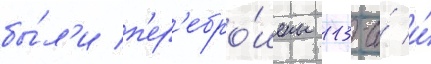
бы́л'и п'ер'ебро́шены 113-и́ и́